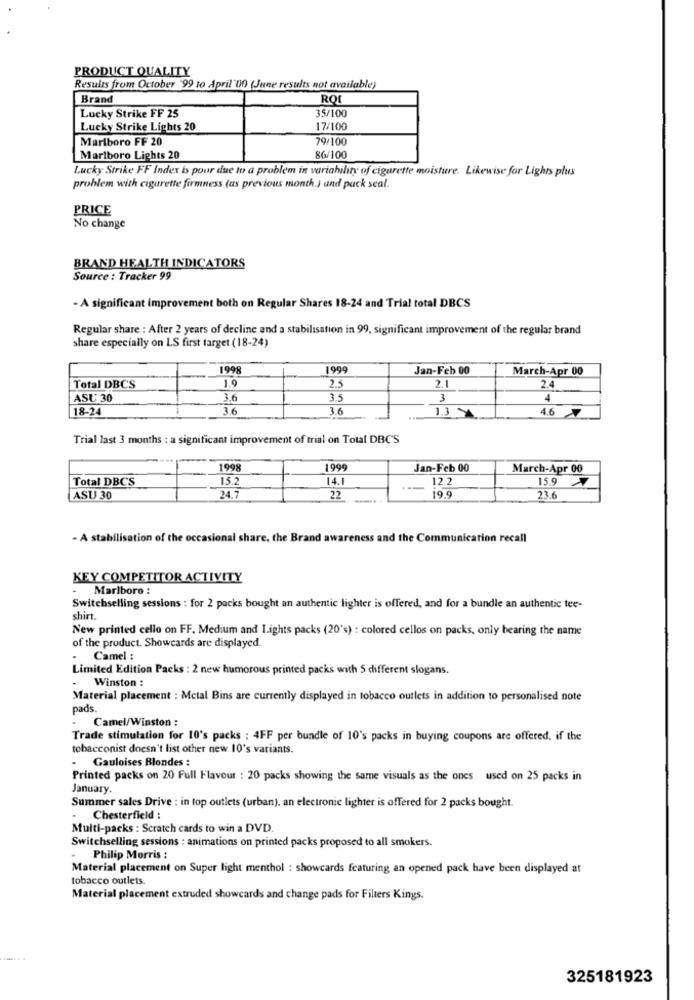
PRODUCT QUALITY
Results from October '99 to April'00 (June results not available)
Brand
ROL
35/100
Lucky Strike FF 25
Lucky Strike Lights 20
17/100
Marlboro FF 20
79/100
Marlboro Lights 20
86/100
Lucky Strike FF Index is pour due to a problem in variability of cigarette moisture. Likewise for Lights plus
problem with cigarette firmness (as previous month.) and pack seal.
PRICE
No change
BRAND HEALTH INDICATORS
Source : Tracker 99
- A significant improvement both on Regular Shares 18-24 and Trial total DBCS
Regular share : After 2 years of decline and a stabilisation in 99, significant improvement of the regular brand
share especially on LS first target (18-24)
1998
1999
Jan-Feb 00
March-Apr 00
2.5
2.1
Total DBCS
1.9
2.4
ASU 30
3.6
35
3
4
18-24
3.6
3.6
4.6
13 4
Trial last 3 months : a significant improvement of trial on Total DBCS
1998
199
Jan-Feb 00
March-Apr 00
Total DBCS
15.2
14.1
12.2
15.9
--
ASU 30
24.7
22
19.9
23.6
- A stabilisation of the occasional share, the Brand awareness and the Communication recall
KEY COMPETITOR ACTIVITY
- Marlboro :
Switchselling sessions : for 2 packs bought an authentic lighter is offered, and for a bundle an authentic tee-
shirt.
New printed cello on FF. Medium and I.ights packs (20's) : colored cellos on packs, only bearing the name
of the product. Showcards are displayed.
Camel :
Limited Edition Packs : 2 new humorous printed packs with 5 different slogans.
.
Winston :
Material placement : Mctal Bins are currently displayed in tobacco outlets in addition to personalised note
pads
Camel/Winston :
Trade stimulation for 10's packs : 4FF per bundle of 10's packs in buying coupons are offered, if the
tobacconist doesn't list other new 10's variants.
-
Gauloises Blondes :
Printed packs on 20 Full Flavour : 20 packs showing the same visuals as the ones used on 25 packs in
January.
Summer sales Drive : in top outlets (urban), an electronic lighter is offered for 2 packs bought.
.
Chesterfield :
Multi-packs : Scratch cards to win a DVD.
Switchselling sessions : animations on printed packs proposed to all smokers.
Philip Morris :
Material placement on Super light menthol : showcards featuring an opened pack have been displayed at
tobacco outlets.
Material placement extruded showcards and change pads for Filters Kings.
325181923